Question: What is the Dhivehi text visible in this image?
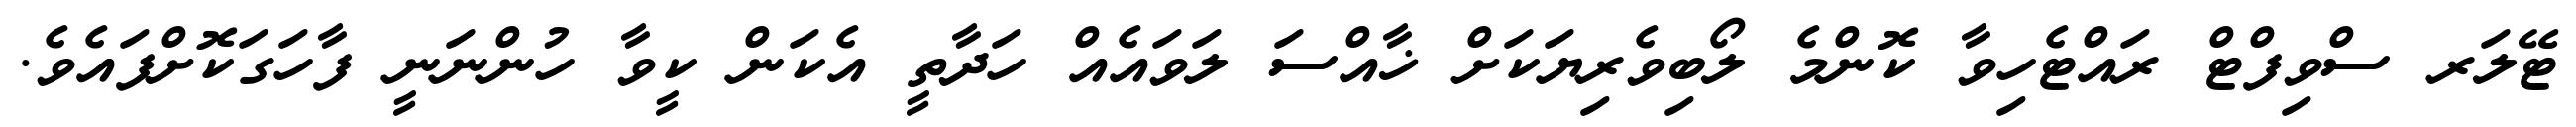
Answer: ޓޭލަރ ސްވިފްޓް ރައްޓެހިވާ ކޮންމެ ލޯބިވެރިޔަކަށް ޚާއްސަ ލަވައެއް ހަދާތީ އެކަން ކީވާ ހުންނަނީ ފާހަގަކޮށްފައެވެ.